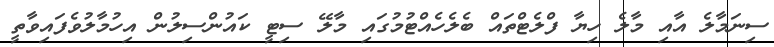
ސިނަމާލެ އާއި މާލެ ހިޔާ ފްލެޓްތައް ބެލެހެއްޓުމުގައި މާލޭ ސިޓީ ކައުންސިލުން އިހުމާލުވެފައިވާތީ